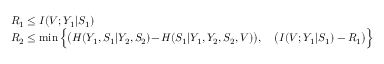
\begin{array} { r l } & { R _ { 1 } \leq I ( V ; Y _ { 1 } | S _ { 1 } ) } \\ & { R _ { 2 } \leq \operatorname* { m i n } \Big \{ \big ( H ( Y _ { 1 } , S _ { 1 } | Y _ { 2 } , S _ { 2 } ) \! - \! H ( S _ { 1 } | Y _ { 1 } , Y _ { 2 } , S _ { 2 } , V ) \big ) , \quad \big ( I ( V ; Y _ { 1 } | S _ { 1 } ) - R _ { 1 } \big ) \Big \} } \end{array}